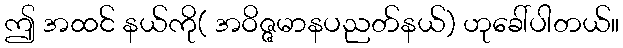
ဤ အထင် နယ်ကို( အဝိဇ္ဇမာနပညတ်နယ်) ဟုခေါ်ပါတယ်။